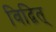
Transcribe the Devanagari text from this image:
विद्वित्